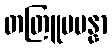
တတြူပပန္နာ